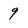
Character: 9